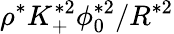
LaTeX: \rho^{*}K_{+}^{*2}\phi_{0}^{*2}/R^{*2}